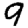
Digit: 9